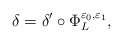
\begin{align*}\delta=\delta' \circ \Phi^{\varepsilon_0,\varepsilon_1}_L,\end{align*}